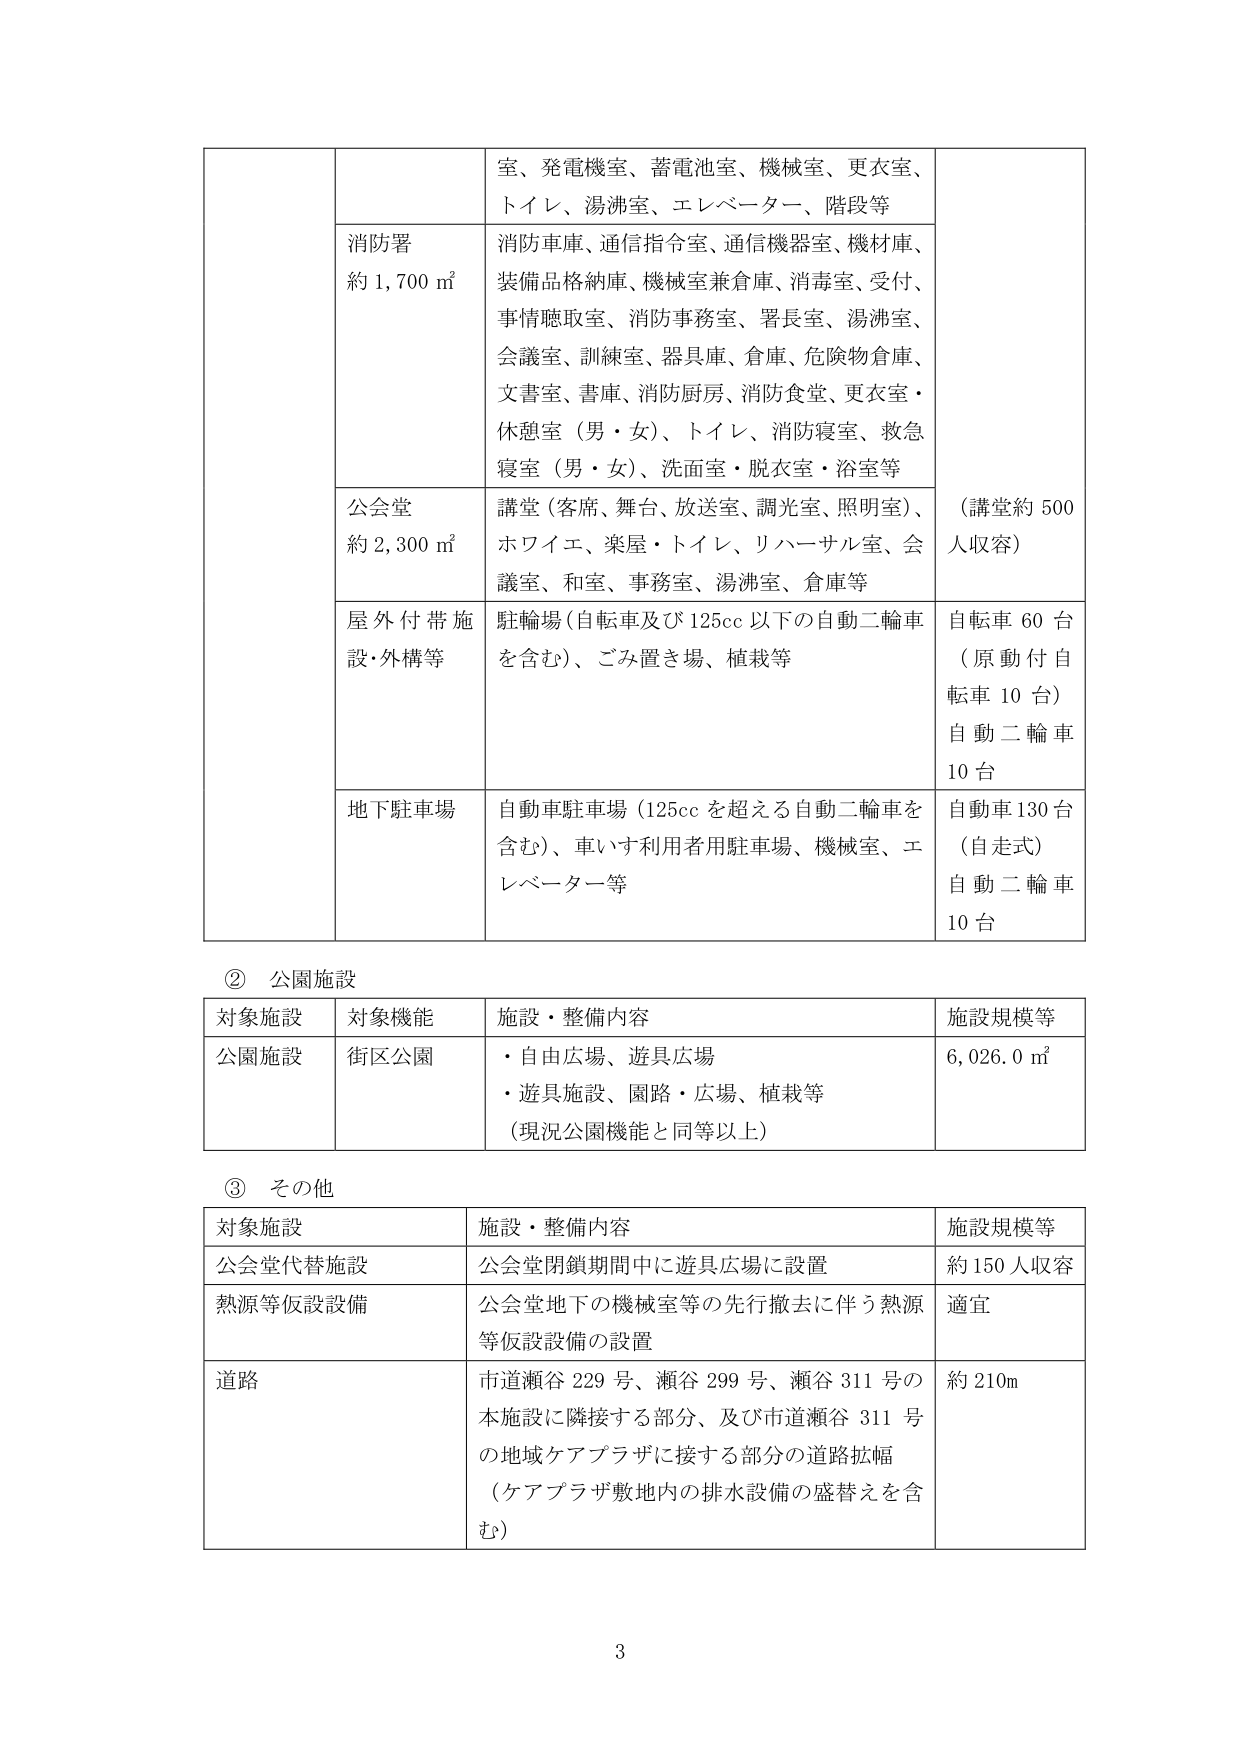
室、発電機室、蓄電池室、機械室、更衣室、トイレ、湯沸室、エレベーター、階段等
消防署
約 1,700 ㎡
消防車庫、通信指令室、通信機器室、機材庫、
装備品格納庫、機械室兼倉庫、消毒室、受付、
事情聴取室、消防事務室、署長室、湯沸室、
会議室、訓練室、器具庫、倉庫、危険物倉庫、
文書室、書庫、消防厨房、消防食堂、更衣室・
休憩室（男・女）、トイレ、消防寝室、救急
寝室（男・女）、洗面室・脱衣室・浴室等
公会堂
約 2,300 ㎡
講堂（客席、舞台、放送室、調光室、照明室）、
ホワイエ、楽屋・トイレ、リハーサル室、会
議室、和室、事務室、湯沸室、倉庫等
（講堂約 500
人収容）
屋外付帯施
設・外構等
駐輪場（自転車及び 125cc 以下の自動二輪車
を含む）、ごみ置き場、植栽等
自転車 60 台
（原動付自
転車 10 台）
自動二輪車
10 台
地下駐車場
自動車駐車場（125cc を超える自動二輪車を
含む）、車いす利用者用駐車場、機械室、エ
レベーター等
自動車 130 台
（自走式）
自動二輪車
10 台

② 公園施設
対象施設 対象機能 施設・整備内容 施設規模等
公園施設 街区公園
・自由広場、遊具広場
・遊具施設、園路・広場、植栽等
（現況公園機能と同等以上）
6,026.0 ㎡

③ その他
対象施設 施設・整備内容 施設規模等
公会堂代替施設 公会堂閉鎖期間中に遊具広場に設置 約 150 人収容
熱源等仮設設備 公会堂地下の機械室等の先行撤去に伴う熱源
等仮設設備の設置 適宜
道路 市道瀬谷 229 号、瀬谷 299 号、瀬谷 311 号の
本施設に隣接する部分、及び市道瀬谷 311 号
の地域ケアプラザに接する部分の道路拡幅
（ケアプラザ敷地内の排水設備の盛替えを含
む） 約 210m

3